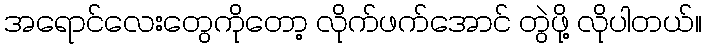
အရောင်လေးတွေကိုတော့ လိုက်ဖက်အောင် တွဲဖို့ လိုပါတယ်။